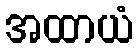
အထာယံ